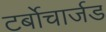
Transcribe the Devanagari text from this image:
टर्बोचार्जड